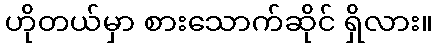
ဟိုတယ်မှာ စားသောက်ဆိုင် ရှိလား။